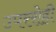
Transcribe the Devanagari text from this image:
उपररोही